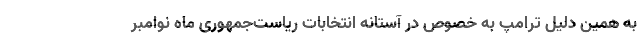
به همین دلیل ترامپ به خصوص در آستانه انتخابات ریاست‌جمهوری ماه نوامبر